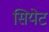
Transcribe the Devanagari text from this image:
सियेट